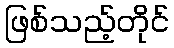
ဖြစ်သည့်တိုင်